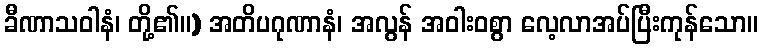
ခီဏာသဝါနံ၊ တို့၏။) အတိပဂုဏာနံ၊ အလွန် အဝါးဝစွာ လေ့လာအပ်ပြီးကုန်သော။